Civil Veterinary Dept. Bombay admin report 1914-1922 - 1914-1922
Year: 1914
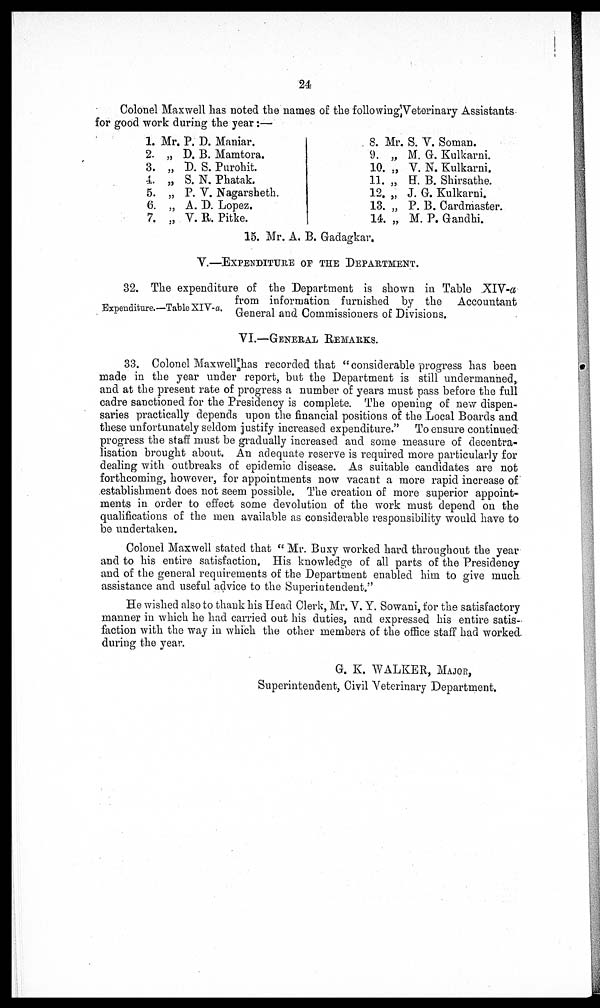
24
Colonel Maxwell has noted the names of the following Veterinary Assistants
for good work during the year:—
1. Mr. P. D. Maniar.
2. „ D. B. Mamtora.
3. „ D. S. Purohit.
4. „ S. N. Phatak.
5. „ P. V. Nagarsheth.
6. „ A. D. Lopez.
7. „ V. R. Pitke.
8. Mr. S. V. Soman.
9. „ M. G. Kulkarni.
10. „ V. N. Kulkarni.
11. „ H. B. Shirsathe.
12. „ J. G. Kulkarni.
13. „ P. B. Cardmaster.
14. „ M. P. Gandhi.
15. Mr. A. B. Gadagkar.
V.—EXPENDITURE OF THE DEPARTMENT.
Expenditure.—Table XIV-a.
32. The expenditure of the Department is shown in Table XIV-a
from information furnished by the Accountant
General and Commissioners of Divisions.
VI.—GENERAL REMARKS.
33. Colonel Maxwell has recorded that "considerable progress has been
made in the year under report, but the Department is still undermanned,
and at the present rate of progress a number of years must pass before the full
cadre sanctioned for the Presidency is complete. The opening of new dispen-
saries practically depends upon the financial positions of the Local Boards and
these unfortunately seldom justify increased expenditure." To ensure continued-
progress the staff must be gradually increased and some measure of decentra-
lisation brought about. An adequate reserve is required more particularly for
dealing with outbreaks of epidemic disease. As suitable candidates are not
forthcoming, however, for appointments now vacant a more rapid increase of
establishment does not seem possible. The creation of more superior appoint-
ments in order to effect some devolution of the work must depend on the
qualifications of the men available as considerable responsibility would have to
be undertaken.
Colonel Maxwell stated that " Mr. Buxy worked hard throughout the year
and to his entire satisfaction. His knowledge of all parts of the Presidency
and of the general requirements of the Department enabled him to give much
assistance and useful advice to the Superintendent."
He wished also to thank his Head Clerk, Mr. V. Y. Sowani, for the satisfactory
manner in which he had carried out his duties, and expressed his entire satis-
faction with the way in which the other members of the office staff had worked
during the year.
G. K. WALKER, MAJOR,
Superintendent, Civil Veterinary Department.